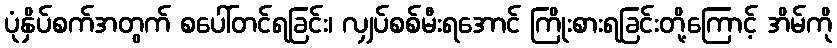
ပုံနှိပ်စက်အတွက် စပေါ်တင်ရခြင်း၊ လျှပ်စစ်မီးရအောင် ကြိုးစားရခြင်းတို့ကြောင့် အိမ်ကို